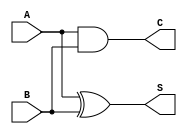
module Halfadder(input A,input B,output C,output S);

assign S = A^B;
assign C = A&B;

endmodule